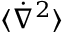
\langle \dot { \nabla } ^ { 2 } \rangle